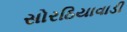
સોરઠિયાવાડી